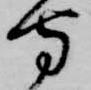
守